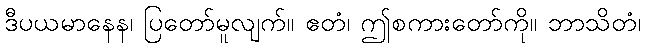
ဒီပယမာနေန၊ ပြတော်မူလျက်။ ဧတံ၊ ဤစကားတော်ကို။ ဘာသိတံ၊